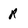
Character: R